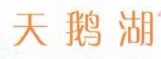
天鹅湖